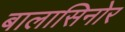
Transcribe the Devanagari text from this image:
बालासिनोर